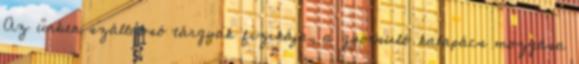
Az űrben szálldosó tárgyak fizikája, a gyorsuló kalapács mozgása